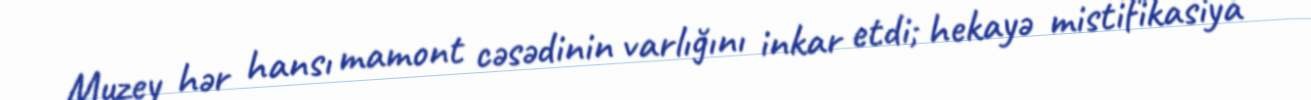
Muzey hər hansı mamont cəsədinin varlığını inkar etdi; hekayə mistifikasiya